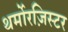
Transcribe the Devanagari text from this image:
थर्मोरज़िस्टर